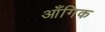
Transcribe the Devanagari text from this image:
आँगिक